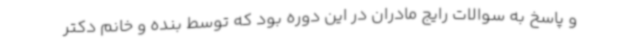
و پاسخ به سوالات رایج مادران در این دوره بود که توسط بنده و خانم دکتر